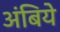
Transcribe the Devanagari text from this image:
अंबिये